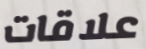
علاقات